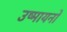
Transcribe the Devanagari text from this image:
उष्मायनों